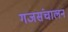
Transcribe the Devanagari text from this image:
गजसंचालन